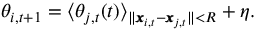
\theta _ { i , t + 1 } = \langle \theta _ { j , t } ( t ) \rangle _ { \| \pmb { x } _ { i , t } - \pmb { x } _ { j , t } \| < R } + \eta .